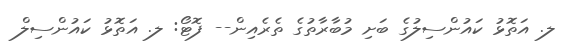
ލ. އަތޮޅު ކައުންސިލުގެ ބަށި މުބާރާތުގެ ތެރެއިން-- ފޮޓޯ: ލ. އަތޮޅު ކައުންސިލް